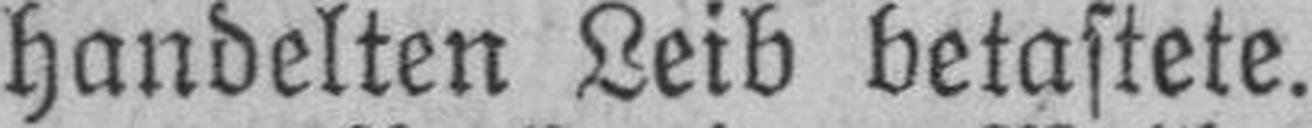
handelten Leib betastete.